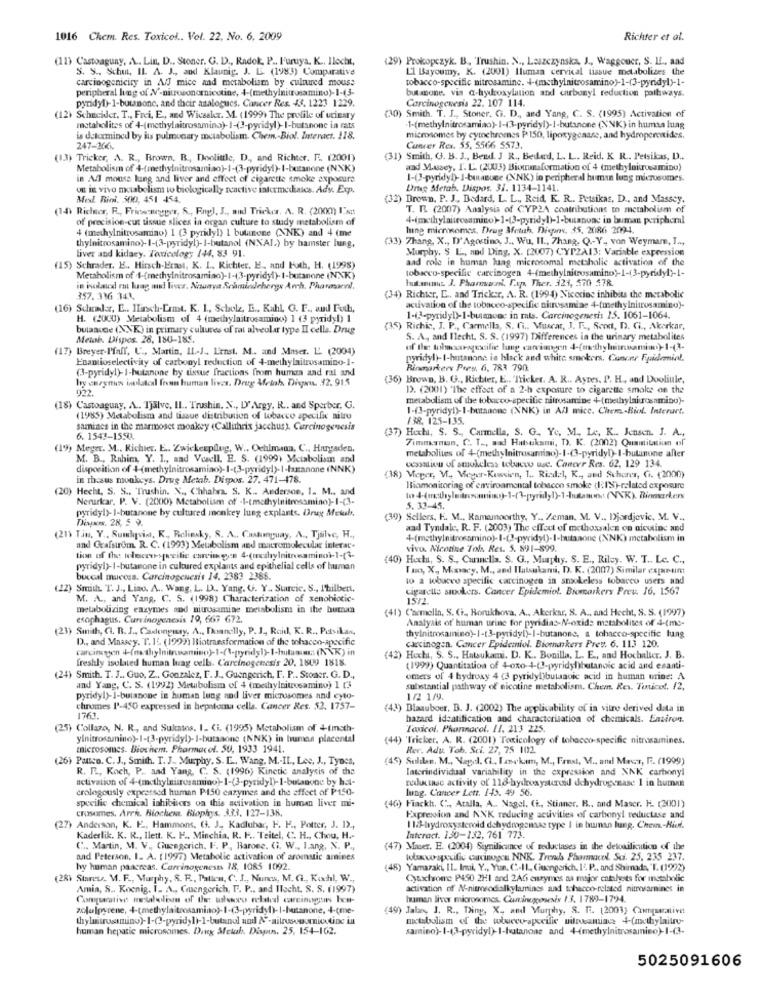
1016 Chem. Res. Toxicol .. Vol. 22, No. 6, 2009
Richter et al.
(11) Castoaguay, A .. Lin, D .. Stoner. G. D ., Radok, P ., Furuya. K ., Ilocht,
(29) Prokopczyk. B ., Trushin. N ., Leszczynska, J ., Waggoner, S. IL ., and
S. S .. Schut, IL A. J ., and Klaunig. J. L. (1983) Comparative
L'I Bayoumy, K. (2001) Ilumaa cervical tissue metabolizes the
carcinogenicity in A/J mice and metabolism by cultured mouse
tobacco-specific nitrosamine. 4-(methylnitrosamino)-1-(3-pyridyl)-1-
peripheral lung of N'-nitrosonornicotine, 4-(methylnitosamino)-1-43-
butasone. vis a-hydroxylation and carbonyl reduction pathways.
pyridyl)-1-butnone, and their atalogues. Cancer Res. 43. 1223 1229.
Carcinogenesis 22. 107 114.
(12) Schneider, T ., Frei, E ., and Wicasker. M. (1999. The profile of urinary
) Smith. T. J ., Stoner. G. D ., and Yang, C. S. (1995) Activation of
metabolites of 4-(methylaitrosamina)-1-(3-pyridyl)-I-butanone in rats
1-(methylnitrosamiao)- I-(3-pyridyl)-I-butanone (NNK) in huma lung
is determined by its pulmonary metabolism. Chem .- Biol. Interact. 118.
microsomes by cymchromes P150, lipoxygenase, and hydroperoxides.
247-20K
Cancer Res. 55, 5566 5573.
(13) Tricker, A. R ., Brown. B ., Doolittle, D ., and Richter. F. (2001)
(31) Smith, G. B. J ., Bend. J R ., Beded, L. L. Reid. K. R .. Petsikas, D ..
Metabolism of 4-(methylnitrosamiao)-1-(3-pyridyl)- I-butanone (NNK)
and Massey, I. L'. (2003) Biounaformation of 4 (methyloirocamino)
in A mouse lung and liver and effect of cigarette smoke exposure
1-(3-pyridy))- I-bunuce (NNK) io peripheral human lung microsomes.
OF IE vivo metabolism to biologically reactive intermediates. Ady. Exp.
Drug Metab. Dispos. 31. 1134-1141.
Med. Biol. 500, 451 454.
(32) Brown. P. J ., Bedard, L. L ., Reid, K. R .. Petsikas, D ., and Massey.
(14) Richer, R ., Frissonegger, & ., Eng), J ., and Tricker, A. R. (2000) I'NI
T. R (2007) Analysis of CYP2A contributions to metabolism of
of precision-cut tissue slices in organ culture to study metabolism of
4-(methylaltrosamino)-1-(3-pyridy])-1-butanoac in buman peripheral
4 (methylnitrosamino) 1 (3 pyridyl) 1 bulunone (NNK) and 4 (me
hung microsomes. Drug Metuh, Dispn. 35, 2086 2094.
(33) 7hang, X ., D'Agostino, J .. Wu, IL ., 7hang. Q .- Y ,, von Weymam, I ...
thylnitrosamino)-1-(3-pyridyl)- I-butanol (NN.AL.) by hamster lung.
liver and kidary. Toxicology 144, 83 91.
Murphy, S E ., nad Ding, X. (2007) CYP2A13: Variable expression
aad role in human luag microcomal metsholic activation of the
(15) Schrader. E. Hirsch-Erast, K. I .. Richter. E ., and Poth, H. (1998)
tobacco-specific carcinogen 4-(methylnitrosamino)-1-(3-pyridyl)-1-
Metabolism of 4-(methylnitrosamiao)-1-43-pyridyl). I-butanone (NNK)
hut.anous. J. Phormvarni. Fap, Ther. 321, 570 578
in isolacd ra lung ml lives, Nuaya Schmincherys Arch. Phaward.
357. 316 343.
(34) Richter, E .. and Tricksr, A. R. (1994) Nicerinc inhibits the metabolic
(16) Schrader, E .. Hirsch-Crmt. K. 1 ., Scholz, E ., Kahl, G. F ., and Futh,
acuvation of the tobacco-specific nitrosamiae 4-(methylnitrosamino)-
H. (2000) Metabolism of 4 (methylnitrosaming) 1 (3 pyridy!) 1
1-6%-pyridy!)-1-butmone in muts. Carcinogenesis 25. 1061-1064.
bulaace ( >K) in primary cultures of rat alveolar type II cells. Drug
(35) Richis, J. P ., Carmella, S. Ci .. Muscat, J. T ., Scott, D. C ., Akerkar,
Metob. Dispos. 28, 180-185.
S. A, and Ilecht, S. S. (1997) Differences in the urinary metabolites
(17) Breyer-Pfaff, U ., Martin, IL .- J ., Lenst. M .. and Maser. L. (2004)
of the toloarspecific lung carriangen 4-(methyluitramin)-1-(3-
Enantioselectivity of carbonyl reduction of 4-methylnitrosamino-1-
pyridyl)-I-hutanone in black and white smokers. Cancer Epidemial.
(3-pyridy!)- 1-butanone by tissue fractions from human and rat and
Rinmarkery Pres, 6, 783 790
hy eazynun isolated fromn human lives. Drug Afetab. Dispu 42. 915
5) Brown, B. G ., Richter, E .. 'Ticker. A. R ., AsTes, P. H ., and Dooliule,
922.
13. (2001) "The effect of a 2-h exposure to cigarette smoke on the
metabolism of the tobacco-specific nitrosamine +(methylaiurceamino)-
(18) Castoaguay, A .. Tjälve, IL. Trushin. N ., D' Argy, R .. and Sperber, G.
1-(3-pyridy!)-1-butanone (NNK) in All mice. Chem .- Biol. Interart.
(1985) Metabolism and tissue distribution of tobacco specific aitro
/38, 125-135.
Samnincs in the marmoset monkey (Callithrix jacchus). Carcinogenesis
(37) Hech, S. S ., Carmella, S. G. Ye, M. Le, K .. Jensen. J. A .,
6. 1542-1550.
Zimnanun, C. T ., and Hutsukami, D). K. (2002) Quamitation of
(19) Meger. M ., Richier. E .. Zwickexpllug, W .. Ochlmann, C ., Huurgaden.
metabolites of 4-(methylnitrosamino)-1-(3-pyridyl)-I-butanone aller
M. B ., Rahim, Y. I ., aad Vceell. E. S. (1999) Metabolism and
ocassion of smokeless tobacco use. Cancer Res. 62, 129 134.
in thesus monkeys. Drug Metab. Dispos. 27. 471-478
(38) Meper, V ., Meger-Kussien, 1 .. Ricdel, K ., and Schoner, G. (2000)
(20) Hecht, S. S .. Trushin. X ., Chhabr. S. K .. Anderson, I. M ., and
Riomonitoring of environmental tobacco smoke (IS)-related exposure
Nerurkar. P. V. (2000) Metabolism of -1-tmethylnitrosamino)-1-(3-
pyridyl)- I-butanone by cultured monkey lung explants. Drug Mesul.
5. 33-45.
Diswww. 28, 5 9.
(39) Sellers, F. M ., Kamamoorthy, Y ., Zeman. M. V ., Djordjevic, M. V .,
aad Tyndale, R. F. (2003) The effect of methossalen on niewine and
(21) Tin, Y ., Sundqvist, K ., Relinky, S. A ., Castanguay, A ., Tjsilve, H .,
4-(mathylnitrosamino)-I-(3-pyridyl)-I-butasone (NNK) metabolism in
and GrafsırUm. R. C. (1993) Metabolism and macromolecular interac-
vivo. Miconse Tol. Res. 5. 891-599.
tion of the telecetypecilie carcinogen 4-(methylnitrwaminol-1-(3-
(40) Huxh, S. S ., Cannella. S. G ., Murphy. S. E ., Riley. W. T .. Lc. C .,
pyridyl)- I-butanone in cultured explants and epithelial cells of human
Tuo, X ,, Mooacy, M ., and Iluisukami, D. K. (2007) Similar expor-um
buccal mucosa. Carcinogenesis 14. 2383 2385.
to a wbuceo specific carcinogen in smokeless tobacco users and
(22) Smith. T. J ., Liao. A .. Wang, L. D .. Yang. U. Y ., Starcic. S ., I'hilbert.
cigarette suikers. Cancer Epidemiol. Biomarkers Prev. 16, 1367
M. A ., and Yang, C. S. (1998) Characterization of xenobiotic-
15/2
metabolizing enzymes aod nitrosamine metabolism in the human
(41) Carmella, S. C ., Borukhova, A ., Akerkar, S. A ., and Hecht, S. S. (1997)
esophagus. Currinogenesis 19, 667 672.
Analysis of human urine for pyridias-N-oxide metabolites of 4-(ms-
(23) Smith, CI. B. J ., Caslongasy, A ., Doanelly, P. J ., Raid, K. R ., Putsikan,
thylnitrosamino)-1-t3-pyridyl)-I-butanone, a tobacco-specific lung
D ., and Maasey. T.12. (1999) Biotransformation of the tobacco-specific
carcinogen. Cancer Epidemiol. Biomarkers Prey. 6. 113 120.
freshly isolated human luag celb. Carcinogenesis 20. 1809 1818.
(42) Hochi, S. S ., Hatsukami. D. K .. Bonilla. L. E ., and Hochalker. J. B.
(1999) Quantitation of 4-oxo-4-(3-pyridy )butanoic acid and esanti-
(24) Smith. T. J .. Guo, Z .. Gonzalez, F. J ., Guengerich, F. P .. Stoner. G. D .,
omers of 4 hydroxy 4 (3 pyridylibutanoic acid in human urine: A
and Yang, C. S. (1992) Metabolism of 4 (methylnitrosamino) 1 [3
substantial pathway of nicotine metabolism. Chem. Res. Turicot. 12.
pyridyl)- I-butanone in human lung and liver microsomes and cyto-
1/2 1/9.
chromes I'-450 expressed in hepatoma cells. Cancer Res. 52. 1757-
(43) Blaauboer. B. J. (2002) The applicability of in vitro derived data in
1761.
hazard idsatification and characterisation of chemicals. Environ.
(25) Collazo, N. R ., and Sultatos, I. (i. (1995) Metabolism of +(meth-
Toxicol. Phonnacol. 11. 213 225
ylnitrosamnino)-1-(3-pyridy!)- I-butsaone (NNK) in human placental
(44) 'Tricker. A. R. (2001) Toxicology of tobacco-specific nitrasamines.
microsomes. Biochem. Pharmacol. SU, 1933 1941.
Rer. Adv. Tob. Sci. 27, 75 102
(26) Pauco. C. J ., Smith. T. J. Murphy. S. L ., Wang, M .- IL, Lee, J ., Tynes,
(45) Soldan. M ., Nagel, CL, Tanekm, M ., Frnst, M ., and Mrsa, F. (1999)
R. R ., Koch, P_ and Yang, C. S. (1996) Kinetic analysis of the
Interindividual variability in the expression and NNK carbonyl
reducuse activity of 116-hydroxysteroid dehydrogenase 1 in human
crologously expesesed human P150 cazymes and the effect of P150-
lung. Cancer Lett. 143. 49 56.
specific chemical inhibitors on this activation in human liver mi-
(46) Fiackh. C" ., Atalla, A .. Nagel. Ci ., Stinner. B ., and Maser. H. (2001)
crusumes. Arch. Biochemt. Biophys. 323. 127-138.
Expression and NNK reducing activities of carbonyl reductase and
(27) Anderson, K. F ., Hammons, (3. J ., Kadlubar, F. K ., Potter, J. 1) .,
1 15-hydroxysteroid dehydrogenaas type 1 in hunan lung. Chew .- Hied.
Kaderlik. K. R ., Ilett. K. H ., Minchia. R. F ., Teitel, C. H ., Chou, H .-
Interact. 130-132, 761 773.
C .. Martin, M. V ., Guengerich. F. P, Barone. Ci. W ., Lang, X. P .,
(47) Maser. E. (2004) Significance of reductases in the detouilicution of the
and Peterson, I. A. (1997) Metabolic activation of aromatic amines
lolaw-specific cauxingou NNK. Trends Pharmacol. Sci. 25, 235 237.
lw human pancreas. Corrinogenest 18, 1085 1092.
(48) Yamazaki, Il. Imi, Y ., Yun. C"-IL, Guengerich. I. P ., and Shimada, 'T. (1992)
(28) Stareu. M. F ., Murphy, S. R ., Pallen, C. J ., Nunes, M. C ., Kochl, W .,
Cytochrome P450 2H1 and 2A6 enzymes aa major catalysts for metabolic
Amia, S .. Koenig. I. A ., Cuengerich, F. P .. and Iocht. S. S. (1997)
activation of A&-nitrosodialkylamines and tohecco-related nitrosamines in
Comparative metabolian of the usloco related carcinogens Ion-
human liver microsomes. Canincgenesis 13. 1789-1794.
zolulpyrene, 4-(methylaitrosamino)- 1-(3-pyridyl)- I-butanone, +-(me-
(49) Jalan, J. R ., Ding, X, and Murphy, S. E. (2001) Comparative
metabolism of the wboeeu-specific uitrosamince 4-(methylnitro-
human hepatic microsomes. Ding Metal, Dign. 25, 154-162.
samino)- 1-(3-pyridyl)-I-butanone and +(methylnitrosamino)-1-(3-
5025091606